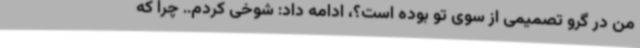
من در گرو تصمیمی از سوی تو بوده است؟، ادامه داد: شوخی کردم.. چرا که